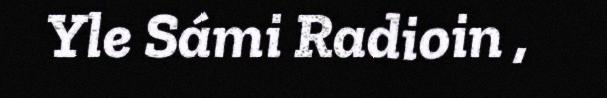
Yle Sámi Radioin ,